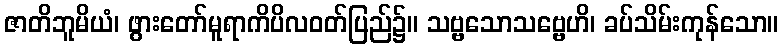
ဇာတိဘူမိယံ၊ ဖွားတော်မူရာကိပိလဝတ်ပြည်၌။ သဗ္ဗသောသဗ္ဗေဟိ၊ ခပ်သိမ်းကုန်သော။